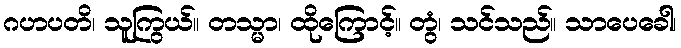
ဂဟပတိ၊ သူကြွယ်။ တသ္မာ၊ ထိုကြောင့်။ တွံ၊ သင်သည်။ သာပေခေါ၊